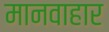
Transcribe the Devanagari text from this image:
मानवाहार